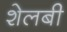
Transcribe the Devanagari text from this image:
शेलबी